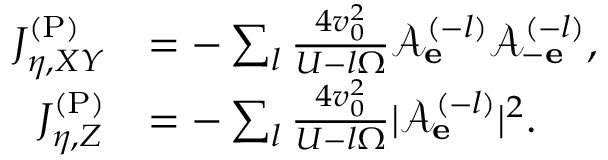
\begin{array} { r l } { J _ { \eta , X Y } ^ { \mathrm { ( P ) } } } & { = - \sum _ { l } \frac { 4 v _ { 0 } ^ { 2 } } { U - l \Omega } \mathcal { A } _ { \bf e } ^ { ( - l ) } \mathcal { A } _ { - \bf e } ^ { ( - l ) } , } \\ { J _ { \eta , Z } ^ { \mathrm { ( P ) } } } & { = - \sum _ { l } \frac { 4 v _ { 0 } ^ { 2 } } { U - l \Omega } | \mathcal { A } _ { \bf e } ^ { ( - l ) } | ^ { 2 } . } \end{array}